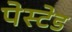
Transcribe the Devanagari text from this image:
पेस्टेड